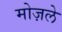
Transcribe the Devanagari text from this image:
मोज़ले